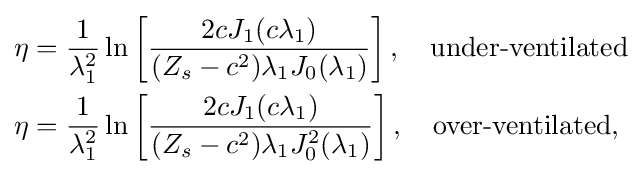
{\begin{aligned}\eta &={\frac {1}{\lambda _{1}^{2}}}\ln \left[{\frac {2cJ_{1}(c\lambda _{1})}{(Z_{s}-c^{2})\lambda _{1}J_{0}(\lambda _{1})}}\right],\quad {\text{under-ventilated}}\\\eta &={\frac {1}{\lambda _{1}^{2}}}\ln \left[{\frac {2cJ_{1}(c\lambda _{1})}{(Z_{s}-c^{2})\lambda _{1}J_{0}^{2}(\lambda _{1})}}\right],\quad {\text{over-ventilated}},\end{aligned}}